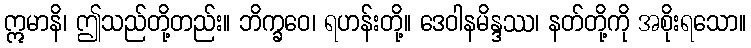
ဣမာနိ၊ ဤသည်တို့တည်း။ ဘိက္ခဝေ၊ ရဟန်းတို့။ ဒေဝါနမိန္ဒဿ၊ နတ်တို့ကို အစိုးရသော။